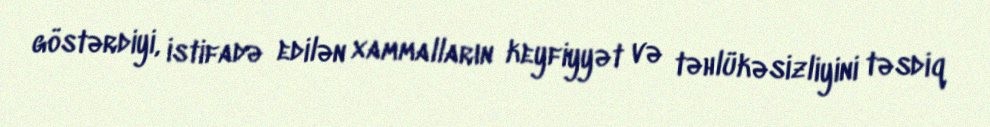
göstərdiyi, istifadə edilən xammalların keyfiyyət və təhlükəsizliyini təsdiq